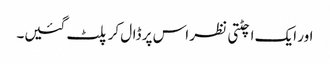
اور ایک اچٹتی نظر اس پر ڈال کر پلٹ گئیں۔